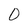
Character: 0